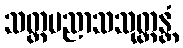
သတ္တပညာသသုတ္တန္တံ